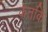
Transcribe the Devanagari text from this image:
केतकि